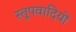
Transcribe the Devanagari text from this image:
स्तूपवादियों